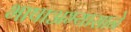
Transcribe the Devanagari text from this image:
भाषाअभ्यासाने